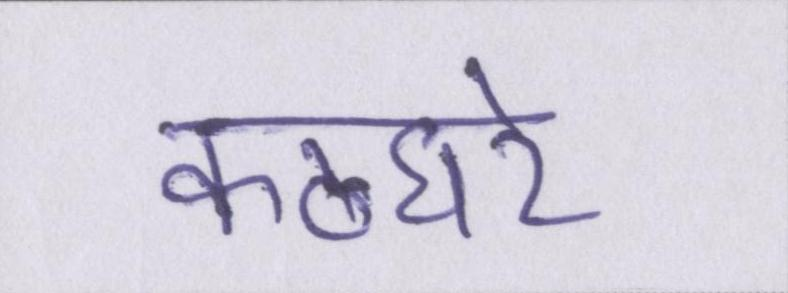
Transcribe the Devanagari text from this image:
कठघरे